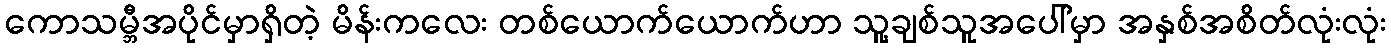
ကောသမ္ဘီအပိုင်မှာရှိတဲ့ မိန်းကလေး တစ်ယောက်ယောက်ဟာ သူ့ချစ်သူအပေါ်မှာ အနှစ်အစိတ်လုံးလုံး